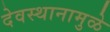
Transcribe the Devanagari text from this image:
देवस्थानामुळे